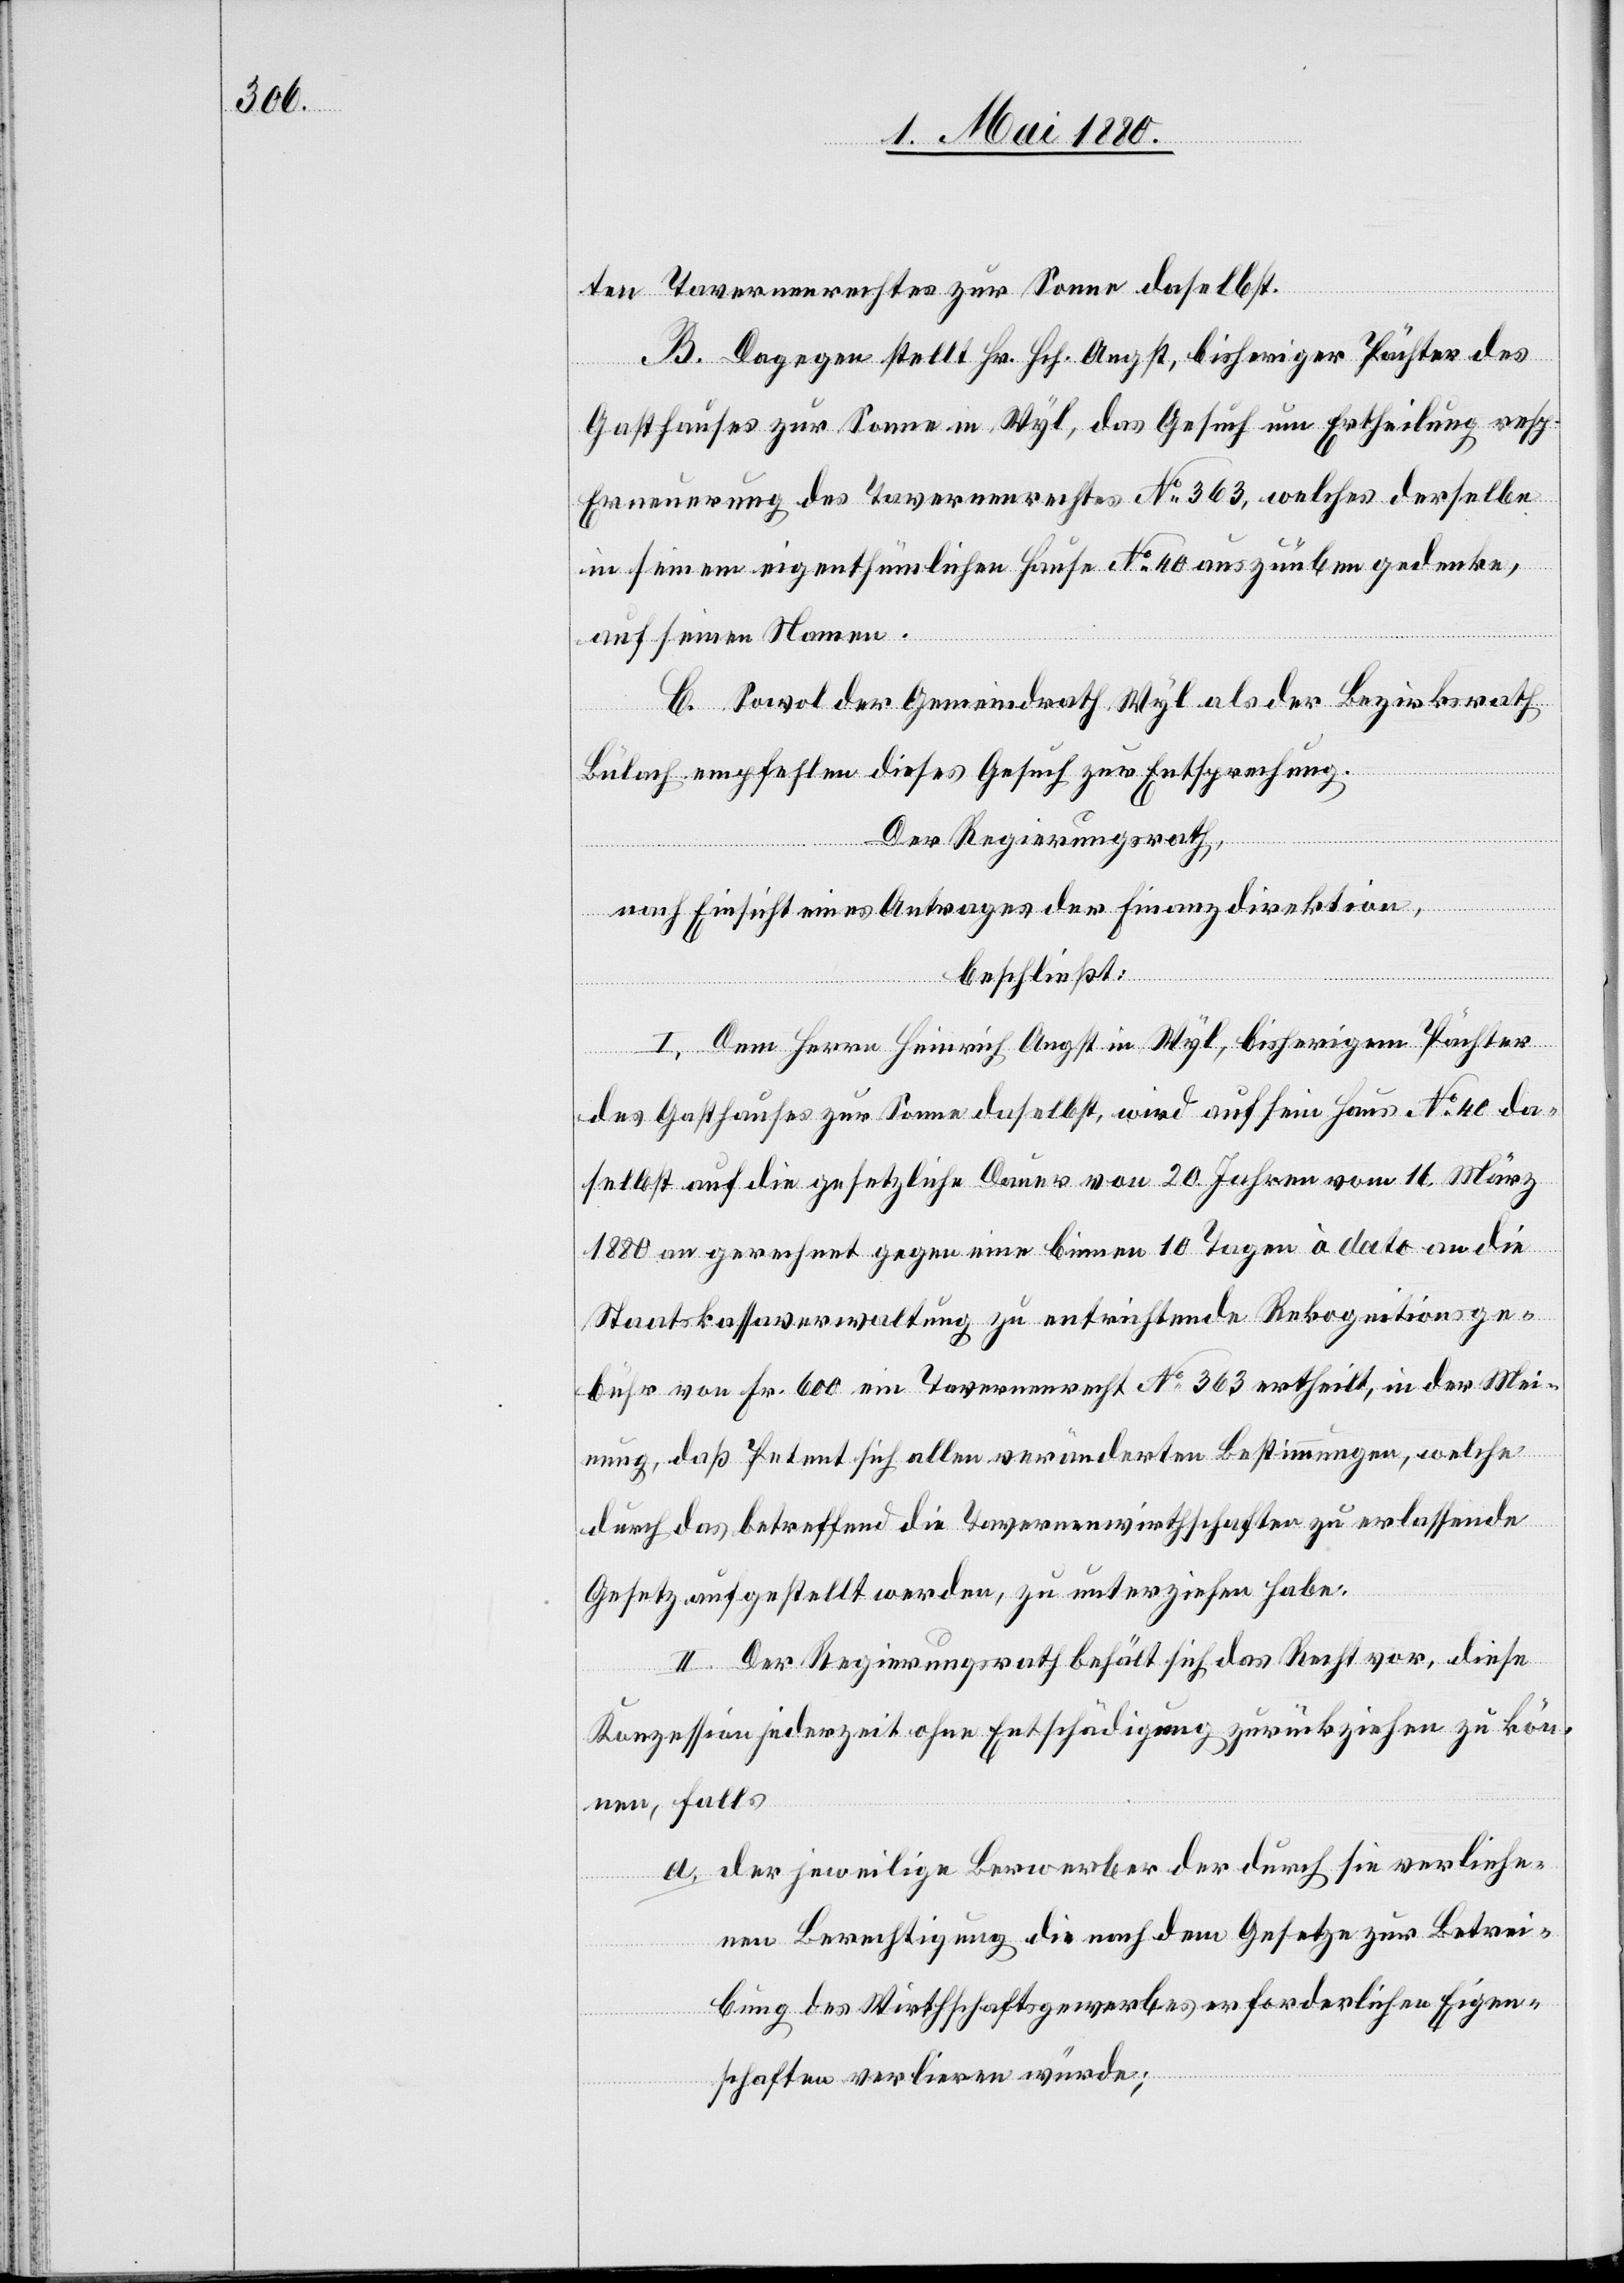
ten Tavernenrechtes zur Sonne daselbst.
B. Dagegen stellt Hr. Hch. Angst, bisheriger Pächter des
diese
Gasthauses zur Sonne in Wyl, das Gesuch um Ertheilung resp.
Erneuerung des Tavernenrechtes No 363, welches derselbe
in seinem eigenthümlichen Hause No 40 auszuüben gedenke,
auf seinen Namen.
C. Sowol der Gemeindrath Wyl als der Bezirksrath
Bülach empfehlen dieses Gesuch zur Entsprechung.
Der Regierungsrath,
nach Einsicht eines Antrages der Finanzdirektion,
beschließt:
I. Dem Herrn Heinrich Angst in Wyl, bisheriger Pächter
des Gasthauses zur Sonne daselbst, wird auf sein Haus No 40 da¬
selbst auf die gesetzliche Dauer von 20 Jahren vom 16. März
1880 an gerechnet gegen eine binnen 10 Tagen à dato an die
Staatskassaverwaltung zu entrichtende Rekognitionsge¬
bühr von Fr. 600 ein Tavernenrecht No 363 ertheilt, in der Mei¬
nung, daß Petent sich allen veränderten Bestimmungen, welche
durch das betreffend die Tavernenwirthschaften zu erlassende
Gesetz aufgestellt werden, zu unterziehen habe.
Konzession jederzeit ohne Entschädigung zurückziehen zu kön¬
nen, falls
a. der jeweilige Bewerber der durch sie verliehe¬
nen Berechtigung die nach dem Gesetze zur Betrei¬
bung des Wirthschaftsgewerbes erforderlichen Eigen¬
schaften verlieren würde;